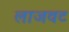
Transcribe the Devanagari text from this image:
लाजवट